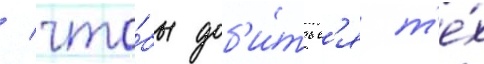
/ что́бы доб'и́тьс'я т'е́х